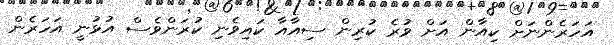
އަހަރެންނަށް ކިއާން އަށް ވުރެ ކުރިން ސިއާއާ ކައިވެނި ކުރަންވެސް އުޅުނީ އަހަރެން